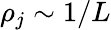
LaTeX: \rho_{j}\sim 1/L